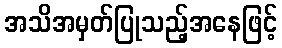
အသိအမှတ်ပြုသည့်အနေဖြင့်